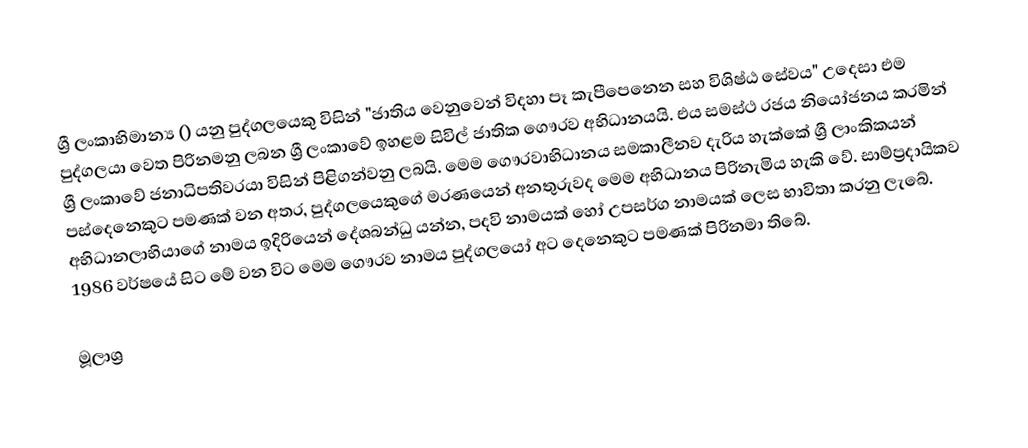
ශ්‍රී ලංකාභිමාන්‍ය () යනු පුද්ගලයෙකු විසින් "ජාතිය වෙනුවෙන් විදහා පෑ කැපීපෙනෙන සහ විශිෂ්ඨ සේවය" උදෙසා එම පුද්ගලයා වෙත පිරිනමනු ලබන ශ්‍රී ලංකාවේ ඉහළම සිවිල් ජාතික ගෞරව අභිධානයයි. එය සමස්ථ රජය නියෝජනය කරමින් ශ්‍රී ලංකාවේ ජනාධිපතිවරයා විසින් පිළිගන්වනු ලබයි. මෙම ගෞරවාභිධානය සමකාලීනව දැරිය හැක්කේ ශ්‍රී ලාංකිකයන් පස්දෙනෙකුට පමණක් වන අතර, පුද්ගලයෙකුගේ මරණයෙන් අනතුරුවද මෙම අභිධානය පිරිනැමිය හැකි වේ. සාම්ප්‍රදායිකව අභිධානලාභියාගේ නාමය ඉදිරියෙන් දේශබන්ධු යන්න, පදවි නාමයක් හෝ උපසර්ග නාමයක් ලෙස භාවිතා කරනු ලැබේ. 1986 වර්ෂයේ සිට මේ වන විට මෙම ගෞරව නාමය පුද්ගලයෝ අට දෙනෙකුට පමණක් පිරිනමා තිබේ.

මූලාශ්‍ර